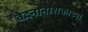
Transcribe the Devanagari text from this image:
वेदनानाशकाच्या